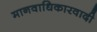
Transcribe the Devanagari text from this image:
मानवाधिकारवादी